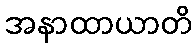
အနာထာယာတိ